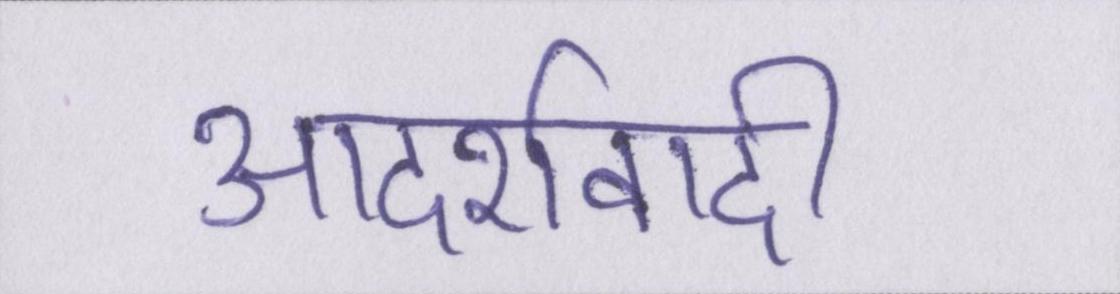
आदर्शवादी